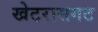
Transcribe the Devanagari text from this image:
खेटरासगट